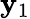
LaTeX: \mathbf{y}_{1}